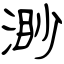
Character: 渺